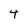
Character: 4